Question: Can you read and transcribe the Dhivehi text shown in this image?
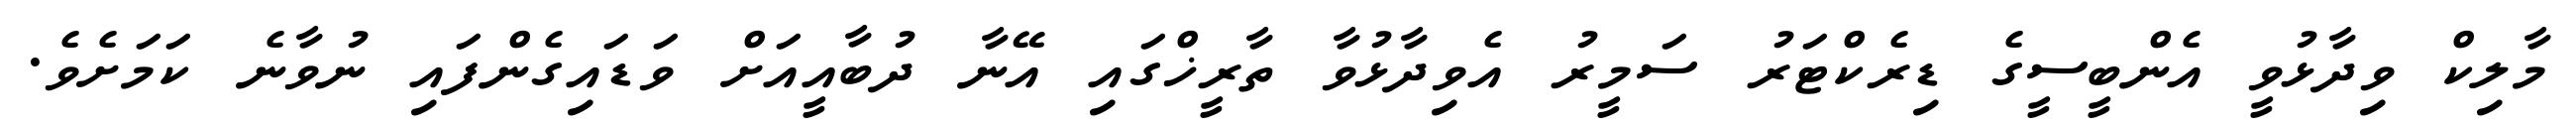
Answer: މާލިކް ވިދާޅުވީ އެންބީސީގެ ޑިރެކްޓަރު ސަމީރު އެވިދާޅުވާ ތާރީޚްގައި އޭނާ ދުބާއީއަށް ވަޑައިގެންފައި ނުވާނެ ކަމަށެވެ.